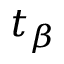
t _ { \beta }